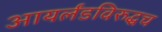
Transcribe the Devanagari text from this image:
आयर्लंडविरुद्धच